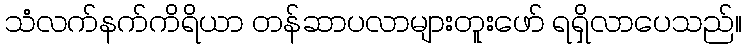
သံလက်နက်ကိရိယာ တန်ဆာပလာများတူးဖော် ရရှိလာပေသည်။